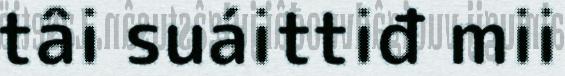
tâi suáittiđ mii